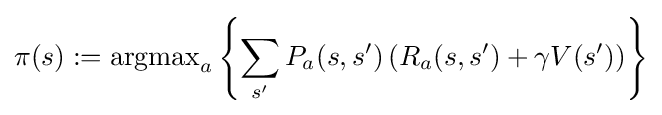
\pi (s):=\operatorname {argmax} _{a}\left\{\sum _{s'}P_{a}(s,s')\left(R_{a}(s,s')+\gamma V(s')\right)\right\}